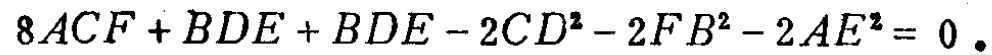
\(8ACF + BDE + BDE - 2CD^{2} - 2FB^{2} - 2AE^{2} = 0\).